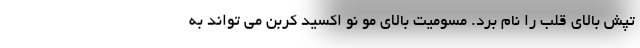
تپش بالای قلب را نام برد. مسومیت بالای مو نو اکسید کربن می تواند به